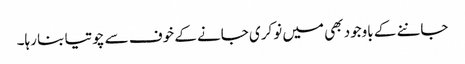
جاننے کے باوجود بھی میں نوکری جانے کے خوف سے چوتیا بنا رہا۔